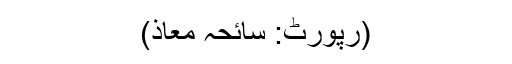
(رپورٹ: سائحہ معاذ)